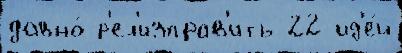
давно́ р'ел'изправ'ить 22 ид'е́й